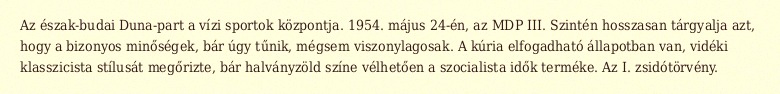
Az észak-budai Duna-part a vízi sportok központja. 1954. május 24-én, az MDP III. Szintén hosszasan tárgyalja azt, hogy a bizonyos minőségek, bár úgy tűnik, mégsem viszonylagosak. A kúria elfogadható állapotban van, vidéki klasszicista stílusát megőrizte, bár halványzöld színe vélhetően a szocialista idők terméke. Az I. zsidótörvény.